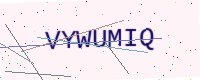
Text: VYWUMIQ